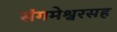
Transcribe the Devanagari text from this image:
संगमेश्वरसह